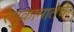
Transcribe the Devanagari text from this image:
रेणुकामातेचे